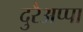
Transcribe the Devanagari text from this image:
दुरैअप्पा